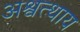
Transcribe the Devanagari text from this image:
अश्वत्थाय